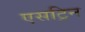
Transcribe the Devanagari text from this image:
एसट्रिन